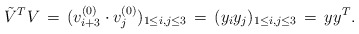
\begin{align*}\tilde{V}^TV \,=\, ( v^{(0)}_{i+3}\cdot v^{(0)}_j )_{1\leq i,j\leq 3} \,=\, (y_iy_j)_{1\leq i,j\leq 3} \,=\, yy^T.\end{align*}